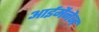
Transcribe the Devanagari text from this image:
आईमैनेज